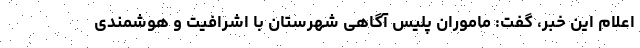
اعلام این خبر، گفت: ماموران پلیس آگاهی شهرستان با اشرافیت و هوشمندی